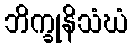
ဘိက္ခုနိသံဃံ